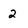
Character: 2